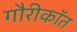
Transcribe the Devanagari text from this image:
गौरीकॉत